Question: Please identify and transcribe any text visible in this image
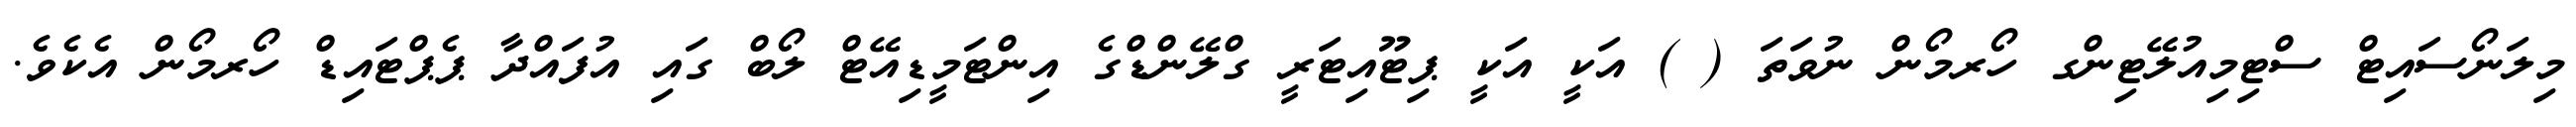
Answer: މިލަނޯސައިޓް ސްޓިމިއުލޭޓިންގ ހޯރމޯން ނުވަތަ ( ) އަކީ އަކީ ޕިޓޫއިޓަރީ ގްލޭންޑްގެ އިންޓަމީޑިއޭޓް ލޯބް ގައި އުފައްދާ ޕެޕްޓައިޑް ހޯރމޯން އެކެވެ.